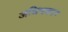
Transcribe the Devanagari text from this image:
अधिपकार